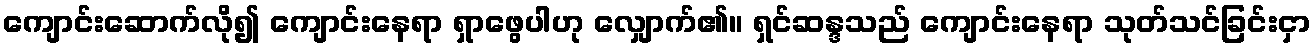
ကျောင်းဆောက်လို၍ ကျောင်းနေရာ ရှာဖွေပါဟု လျှောက်၏။ ရှင်ဆန္ဒသည် ကျောင်းနေရာ သုတ်သင်ခြင်းငှာ